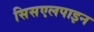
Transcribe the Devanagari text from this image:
सिसएलपाइन